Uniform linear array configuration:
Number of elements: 16
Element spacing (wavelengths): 1
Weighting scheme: cosine
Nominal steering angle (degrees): -60
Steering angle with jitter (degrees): -58.323
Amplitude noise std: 0.05
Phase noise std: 0.05

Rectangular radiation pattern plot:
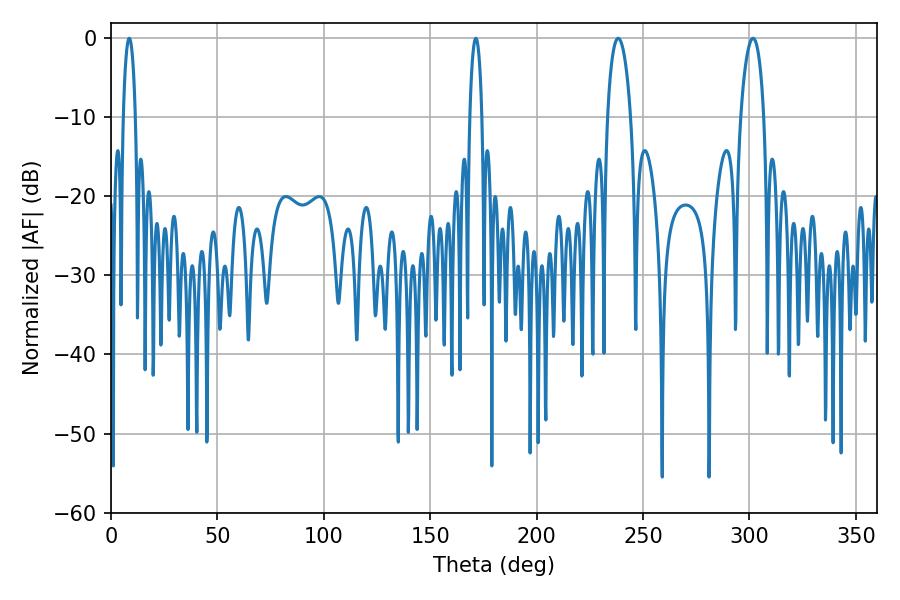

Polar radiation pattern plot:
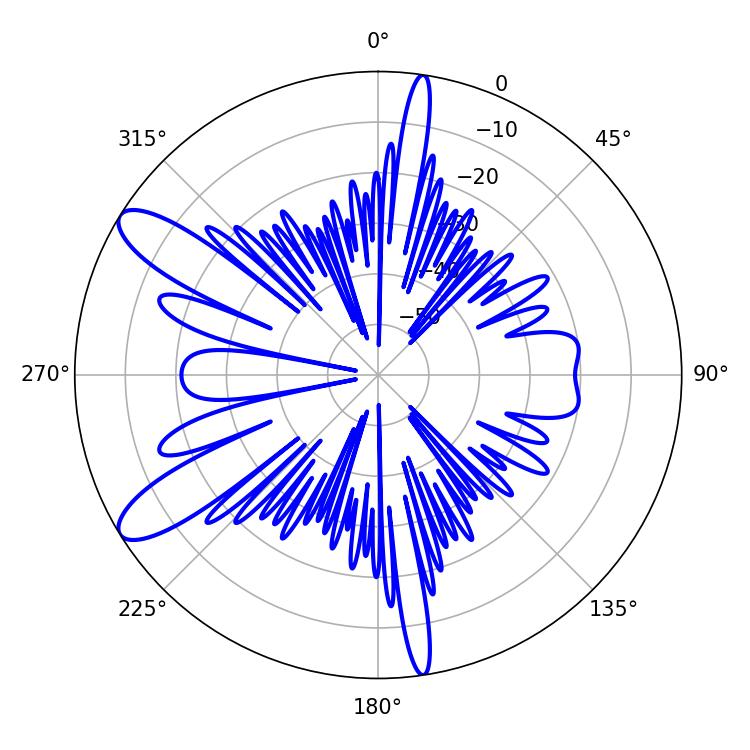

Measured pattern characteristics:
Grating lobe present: TRUE
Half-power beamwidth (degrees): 6.12
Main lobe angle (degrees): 238.32